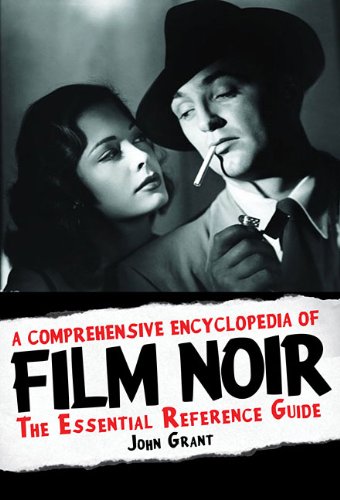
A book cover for A Comprehensive Encyclopedia of Film Noir: The Essential Reference Guide; John Grant; Humor & Entertainment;